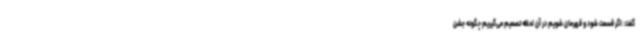
گفت: اگر قسمت شود و قهرمان شویم در آن لحظه تصمیم می‌گیریم چگونه جشن